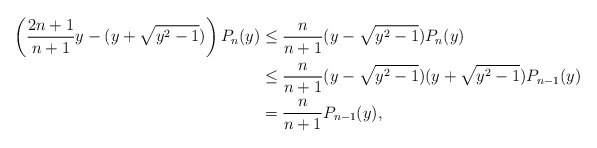
\begin{align*}\left(\frac{2n+1}{n+1}y-(y+\sqrt{y^2-1})\right)P_n(y)&\leq \frac{n}{n+1}(y-\sqrt{y^2-1})P_n(y)\\&\leq \frac{n}{n+1}(y-\sqrt{y^2-1})(y+\sqrt{y^2-1})P_{n-1}(y)\\&=\frac{n}{n+1}P_{n-1}(y),\end{align*}